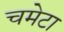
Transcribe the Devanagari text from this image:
चमेटा